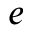
e